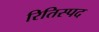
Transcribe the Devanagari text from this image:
रितिस्पद